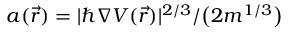
{ a ( \vec { r } ) = | \hbar \boldsymbol { \nabla } V ( \vec { r } ) | ^ { 2 / 3 } / \big ( 2 m ^ { 1 / 3 } \big ) }